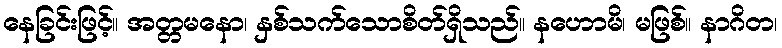
နေခြင်းဖြင့်။ အတ္တမနော၊ နှစ်သက်သောစိတ်ရှိသည်။ နဟောမိ၊ မဖြစ်။ နာဂိတ၊